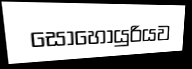
සොහොයුරියව